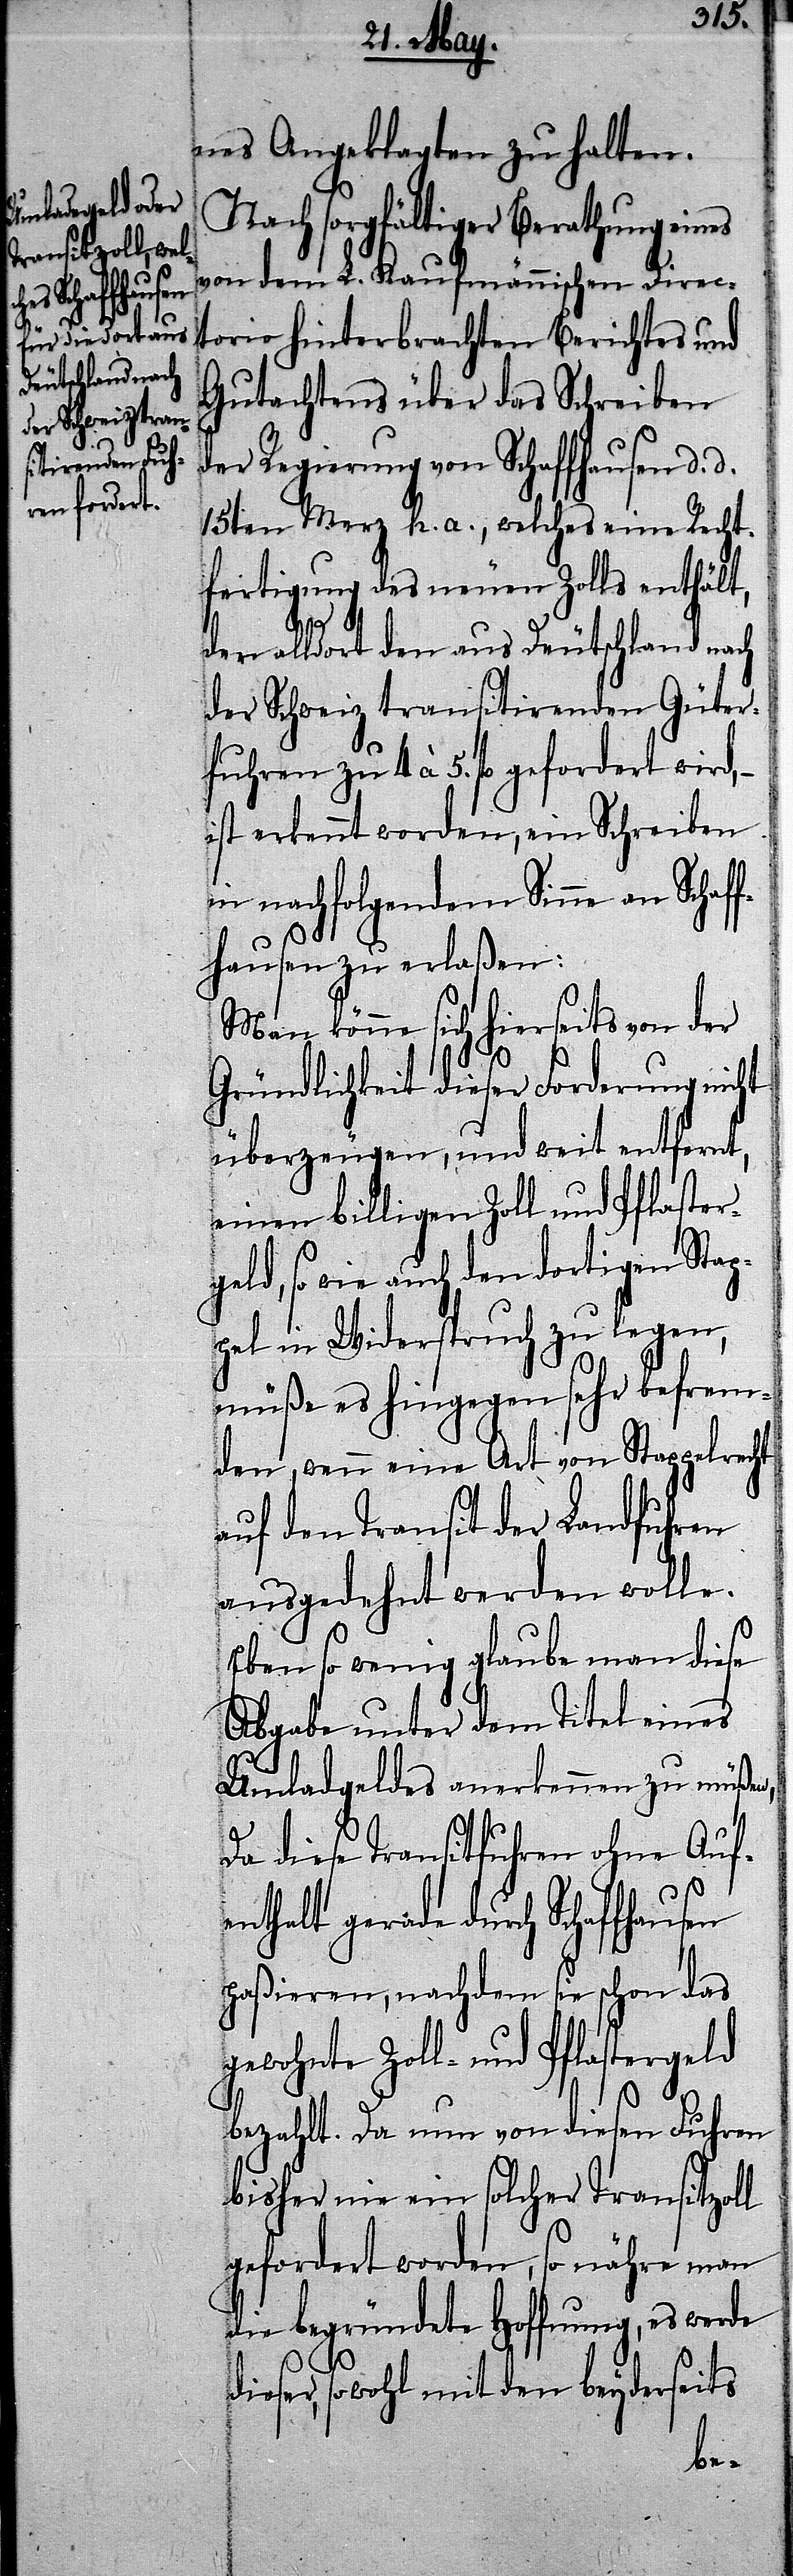
fuhren zu 4
gefordert

nes Angeklagten zu halten.
Nach sorgfältiger Berathung
von dem L. Kaufmännischen Direct¬
orio hinterbrachten Berichtes und
Gutachtens über das Schreiben
der Regierung von Schaffhausen d. d.
15ten Merz h. a., welches eine Recht¬
fertigung des neuen Zolls enthält,
den alldort den aus Deutschland nach
der Schweiz transitirenden Güter¬
ist erkennt worden, ein Schreiben
in nachfolgendem Sinne an Schaf¬
fhausen zu erlaßen:
Man könne sich hierseits von der
Gründlichkeit dieser Forderung nicht
überzeugen, und weit entfernt,
einen billigen Zoll und Pflaster¬
geld, so wie auch den dortigen Stap¬
pel in Widerspruch zu legen,
müße es hingegen sehr befrem¬
den, wenn eine Art von Stappelrecht
auf den Transit der Landfuhren
ausgedehnt werden wolle.
Eben so wenig glaube man diese
Abgabe unter dem Titel eines
Umladgeldes anerkennen zu müßen,
diese Transitfuhren ohne Auf¬
enthalt gerade durch Schaffhausen
paßieren, nachdem sie schon das
gewohnte Zoll- und Pflastergeld
5.
bezahlt. Da nun von diesen Fuhren
bisher nie ein solcher Transitzoll
gefordert worden, so nähre man
die begründete Hoffnung, es werde
ser, sowohl mit den beyderseits
die¬